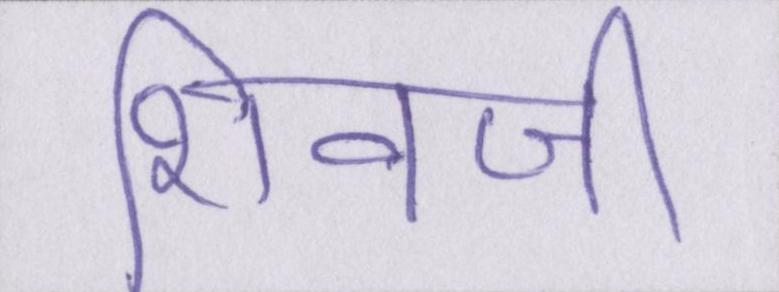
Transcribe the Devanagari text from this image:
शिवजी